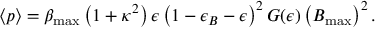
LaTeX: { \langle p \rangle } = \beta _ { \mathrm { m a x } } \left( 1 + \kappa ^ { 2 } \right) \epsilon \left( { 1 - \epsilon _ { B } - \epsilon } \right) ^ { 2 } G ( \epsilon ) \left( B _ { \mathrm { m a x } } \right) ^ { 2 } .